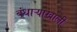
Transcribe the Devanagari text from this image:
बंधाऱ्याखाली